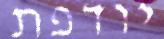
יודפת